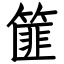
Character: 篚